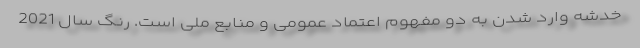
خدشه وارد شدن به دو مفهوم اعتماد عمومی و منابع ملی است. رنگ سال 2021